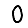
Digit: 0